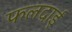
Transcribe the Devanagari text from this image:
फलदाई